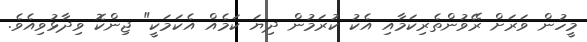
މީހުން ވަރަށް ރޭވުންތެރިކަމާއި އެކު ކުރަމުން ދިޔަ ކަމެއް އެކަމަކީ" ޖިންކޮ ވިދާޅުވިއެވެ.